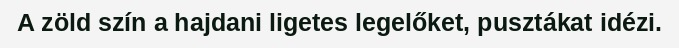
A zöld szín a hajdani ligetes legelőket, pusztákat idézi.